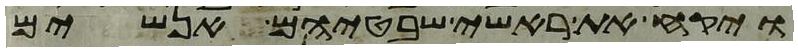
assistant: ויקח את ראשי שבטיהם אנשים